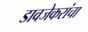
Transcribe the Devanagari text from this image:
डावजेकरांचा